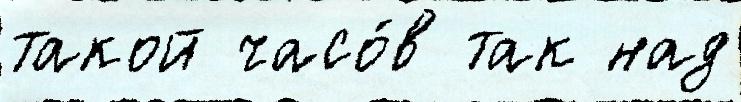
такой часо́в так над